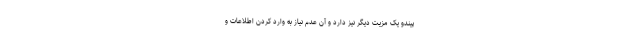
پیندو یک مزیت دیگر نیز دارد و آن عدم نیاز به وارد کردن اطلاعات و